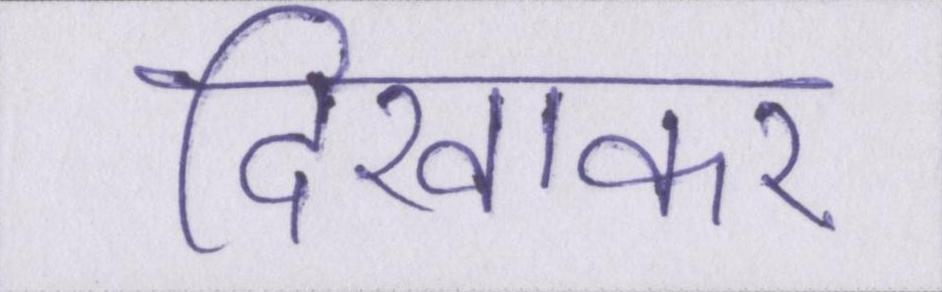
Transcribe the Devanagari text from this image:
दिखाकर